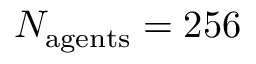
N _ { \mathrm { a g e n t s } } = 2 5 6